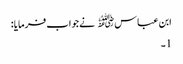
ابن عباس﷜ نےجواب فرمایا :
1۔